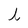
Character: l